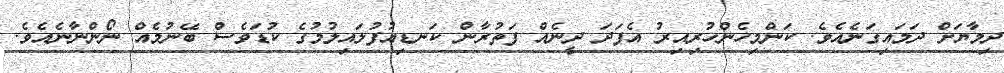
ދިމާޔަށް ދަމައިގަނެއެވެ. ކަންމިހެންހުރިއިރު އެފަދަ ދީނެއް ފަތުރާން ކަނޑިއުފުލައިލުމުގެ ކުޑަވެސް ބޭނުމެއް ނޯންނާނެއެވެ.